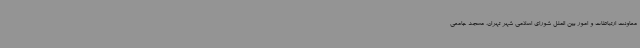
معاونت ارتباطات و امور بین الملل شورای اسلامی شهر تهران، مسجد جامعی